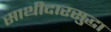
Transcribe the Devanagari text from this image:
साथीदारसुद्धा